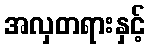
အလှတရားနှင့်